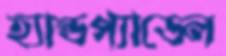
হ্যান্ডপ্যাডেল